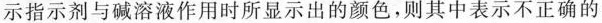
指示剂与碱溶液作用时所显示出的颜色，则其中表示不正确的